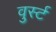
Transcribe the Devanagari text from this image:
वुर्स्ट